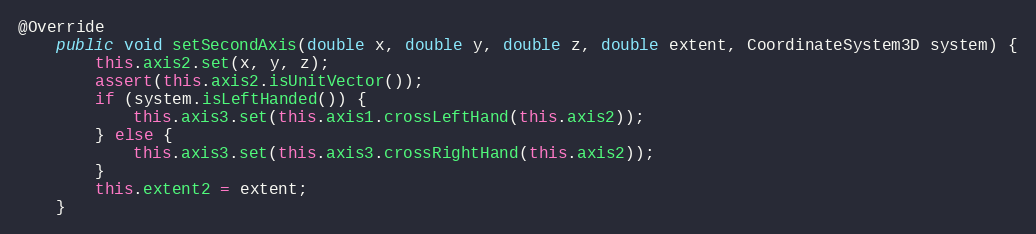
Language: Java
@Override
	public void setSecondAxis(double x, double y, double z, double extent, CoordinateSystem3D system) {
		this.axis2.set(x, y, z);
		assert(this.axis2.isUnitVector());
		if (system.isLeftHanded()) {
			this.axis3.set(this.axis1.crossLeftHand(this.axis2));
		} else {
			this.axis3.set(this.axis3.crossRightHand(this.axis2));
		}
		this.extent2 = extent;
	}